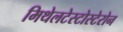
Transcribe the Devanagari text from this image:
मिथेलटेस्टोस्टेरोन